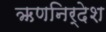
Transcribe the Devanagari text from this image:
ऋणनिर्देश